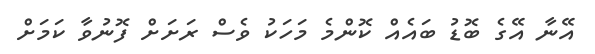
އޭނާ އޭގެ ބޮޑު ބައެއް ކޮންމެ މަހަކު ވެސް ރަށަށް ފޮނުވާ ކަމަށް